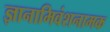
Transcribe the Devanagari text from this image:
ज्ञानामिवंशनामक